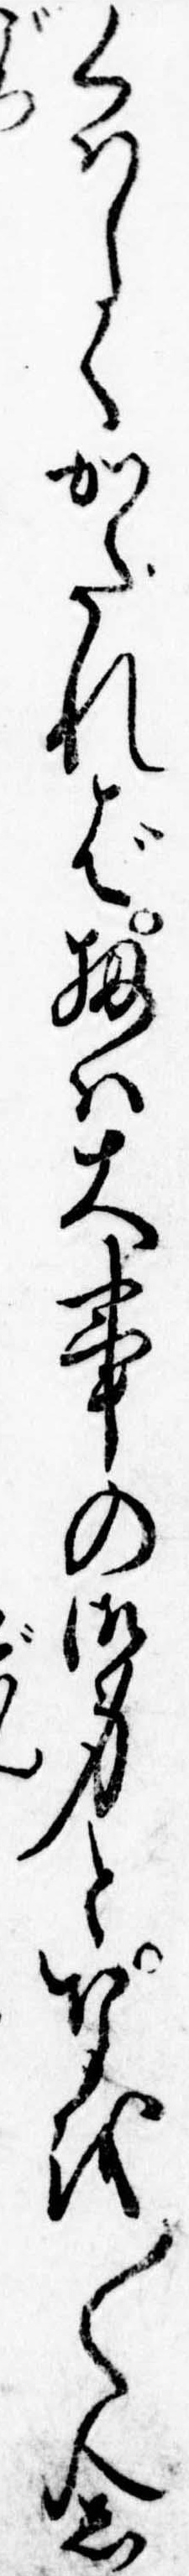
くはしくかたれば扨は大事の御身となを〱念